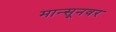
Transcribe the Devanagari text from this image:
मान्सूनवर